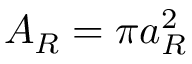
A _ { R } = \pi a _ { R } ^ { 2 }